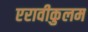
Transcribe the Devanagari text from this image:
एरावीकुलम